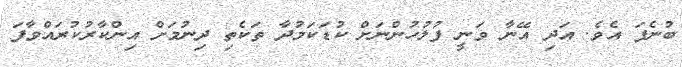
ބުނެފަ އެވެ. އަދި އޭނާ ވަނީ ފުލުހުންނަށް ކުޑަކަމުދާ ތަކެތި ދިނުމަށް އިންކާރުކުރައްވާފަ